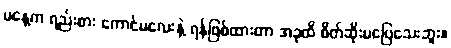
မနေ့က ရည်းစား ကောင်မလေးနဲ့ ရန်ဖြစ်ထားတာ အခုထိ စိတ်ဆိုးမပြေသေးဘူး။